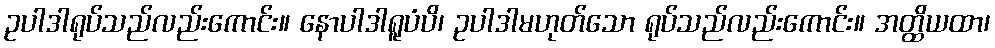
ဥပါဒါရုပ်သည်လည်းကောင်း။ နောပါဒါရူပံပိ၊ ဥပါဒါမဟုတ်သော ရုပ်သည်လည်းကောင်း။ အတ္ထိယထာ၊